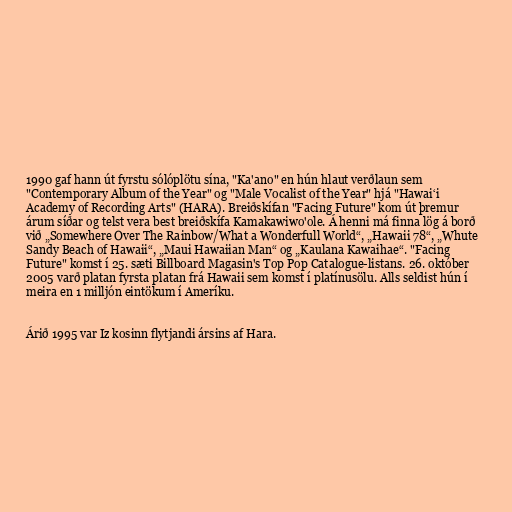
1990 gaf hann út fyrstu sólóplötu sína, "Ka'ano" en hún hlaut verðlaun sem
"Contemporary Album of the Year" og "Male Vocalist of the Year" hjá "Hawaiʻi
Academy of Recording Arts" (HARA). Breiðskífan "Facing Future" kom út þremur
árum síðar og telst vera best breiðskífa Kamakawiwo'ole. Á henni má finna lög á borð
við „Somewhere Over The Rainbow/What a Wonderfull World“, „Hawaii 78“, „Whute
Sandy Beach of Hawaii“, „Maui Hawaiian Man“ og „Kaulana Kawaihae“. "Facing
Future" komst í 25. sæti Billboard Magasin's Top Pop Catalogue-listans. 26. október
2005 varð platan fyrsta platan frá Hawaii sem komst í platínusölu. Alls seldist hún í
meira en 1 milljón eintökum í Ameríku.

Árið 1995 var Iz kosinn flytjandi ársins af Hara.